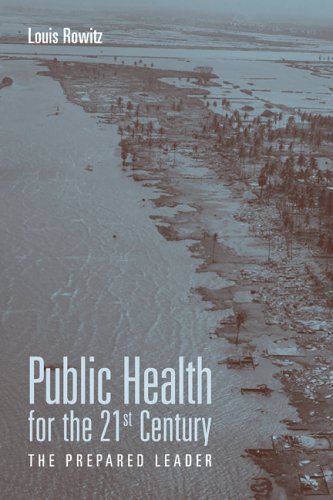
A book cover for Public Health For The 21St Century: The Prepared Leader; Louis Rowitz; Medical Books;